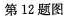
第12题图